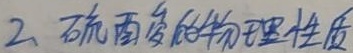
2、硫酸的物理性质